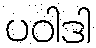
ပဝါဒါ